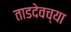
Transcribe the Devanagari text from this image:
ताडदेवच्या